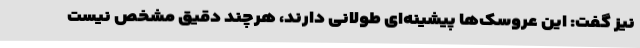
نیز گفت: این عروسک‌ها پیشینه‌ای طولانی دارند، هرچند دقیق مشخص نیست